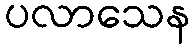
ပလာသေန